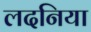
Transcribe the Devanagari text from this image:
लदनिया